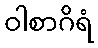
ဝါစာဂိရံ